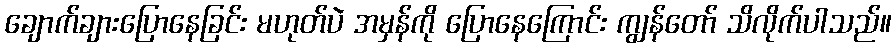
ချောက်ချားပြောနေခြင်း မဟုတ်ပဲ အမှန်ကို ပြောနေကြောင်း ကျွန်တော် သိလိုက်ပါသည်။